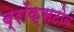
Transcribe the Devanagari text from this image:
ब्रॉक्सटोव